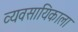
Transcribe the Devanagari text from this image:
व्यवसायिकाला